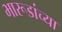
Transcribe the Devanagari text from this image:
भारूडांच्या